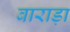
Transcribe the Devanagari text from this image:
बाराड़ा